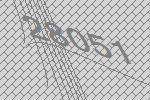
28051